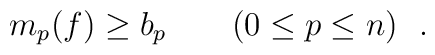
m_p(f) \geq b_p\qquad (0\leq p \leq n)\ \ .